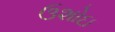
ઉશોઇ